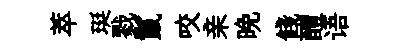
萃珽戮鬣咬亲晩餞醴语